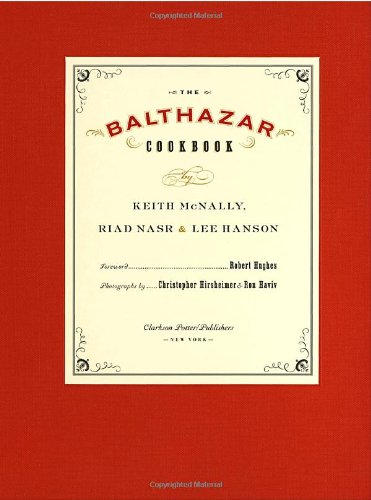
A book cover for The Balthazar Cookbook; Keith McNally; Cookbooks, Food & Wine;